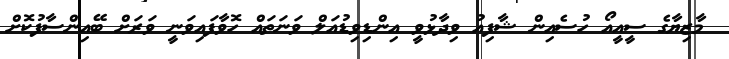
މާޒިޔާގެ ސީއީއޯ ހުސެއިން ޝާފިއު ވިދާޅުވީ އިންޑިވިޑުއަލް ވަނަތައް ހޮވާފައިވަނީ ވަރަށް ބޭއިންސާފުކޮށް